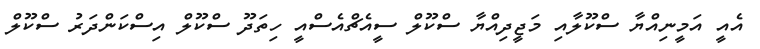
އެއީ އަމީނިއްޔާ ސްކޫލާއި މަޖީދިއްޔާ ސްކޫލް ސީއެޗްއެސްއީ ހިތަދޫ ސްކޫލް އިސްކަންދަރު ސްކޫލް